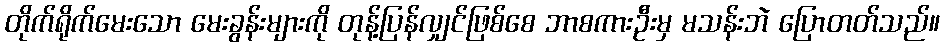
တိုက်ရိုက်မေးသော မေးခွန်းများကို တုန့်ပြန်လျှင်ဖြစ်စေ ဘာစကားဦးမှ မသန်းဘဲ ပြောတတ်သည်။